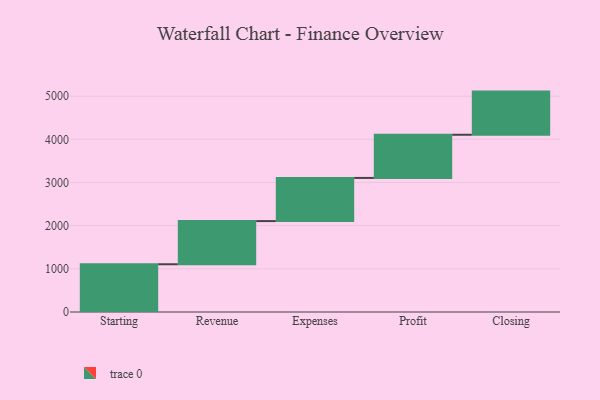
{"axis": {"x": "Step", "y": "Value"}, "legend": [""], "data": [{"x": "Starting", "y": 1106.0, "type": ""}, {"x": "Revenue", "y": 1000, "type": ""}, {"x": "Expenses", "y": 1000, "type": ""}, {"x": "Profit", "y": 1000, "type": ""}, {"x": "Closing", "y": 1000, "type": ""}]}